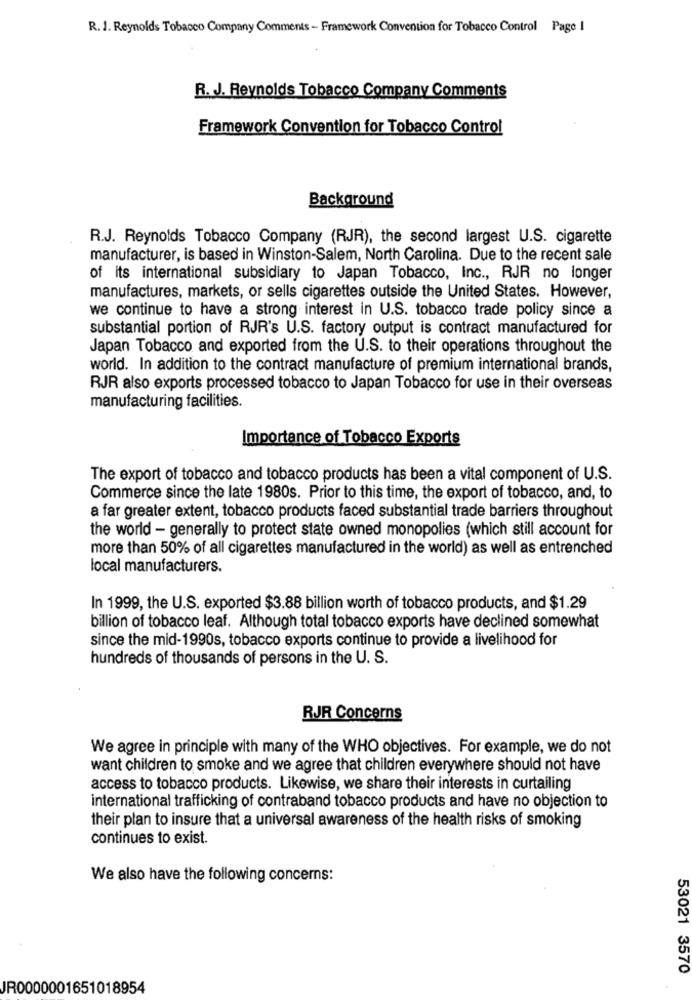
R. J. Reynolds Tobacco Company Comments - Framework Convention for Tobacco Control Page I
R. J. Reynolds Tobacco Company Comments
Framework Convention for Tobacco Control
Background
R.J. Reynolds Tobacco Company (RJR), the second largest U.S. cigarette
manufacturer, is based in Winston-Salem, North Carolina. Due to the recent sale
of its international subsidiary to Japan Tobacco, Inc ., RJR no longer
manufactures, markets, or sells cigarettes outside the United States. However,
we continue to have a strong interest in U.S. tobacco trade policy since a
substantial portion of RJR's U.S. factory output is contract manufactured for
Japan Tobacco and exported from the U.S. to their operations throughout the
world. In addition to the contract manufacture of premium international brands,
RJR also exports processed tobacco to Japan Tobacco for use in their overseas
manufacturing facilities.
Importance of Tobacco Exports
The export of tobacco and tobacco products has been a vital component of U.S.
Commerce since the late 1980s. Prior to this time, the export of tobacco, and, to
a far greater extent, tobacco products faced substantial trade barriers throughout
the world - generally to protect state owned monopolies (which still account for
more than 50% of all cigarettes manufactured in the world) as well as entrenched
local manufacturers.
In 1999, the U.S. exported $3.88 billion worth of tobacco products, and $1.29
billion of tobacco leaf. Although total tobacco exports have declined somewhat
since the mid-1990s, tobacco exports continue to provide a livelihood for
hundreds of thousands of persons in the U. S.
RJR Concerns
We agree in principle with many of the WHO objectives. For example, we do not
want children to smoke and we agree that children everywhere should not have
access to tobacco products. Likewise, we share their interests in curtailing
international trafficking of contraband tobacco products and have no objection to
their plan to insure that a universal awareness of the health risks of smoking
continues to exist.
We also have the following concerns:
53021 3570
JR0000001651018954